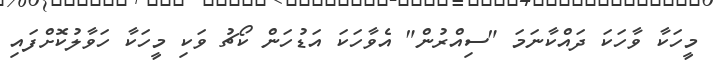
މީހަކާ ވާހަކަ ދައްކާނަމަ "ސިއްރުން" އެވާހަކަ އަޑުހަން ކޯޗު ވަކި މީހަކާ ހަވާލުކޮށްފައި